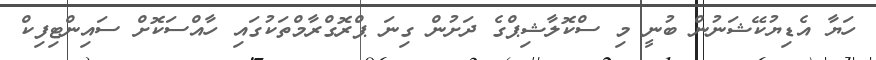
ހަޔާ އެޑިޔުކޭޝަނުން ބުނީ މި ސްކޮލާޝިޕްގެ ދަށުން ގިނަ ޕްރޮގްރާމްތަކުގައި ހާއްސަކޮށް ސައިންޓިފިކް